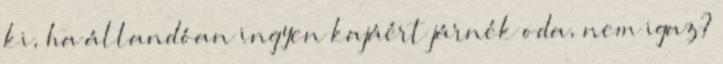
ki, ha állandóan ingyen kajáért járnék oda, nem igaz?